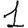
Digit: 1